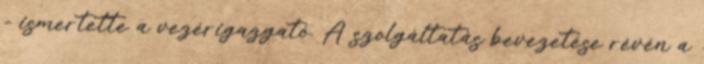
- ismertette a vezérigazgató. A szolgáltatás bevezetése révén a